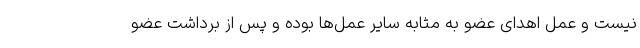
نیست و عمل اهدای عضو به مثابه سایر عمل‌ها بوده و پس از برداشت عضو